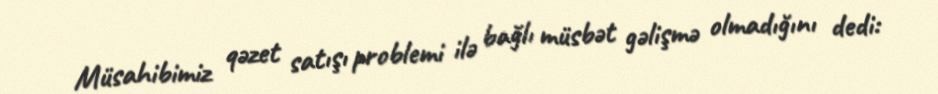
Müsahibimiz qəzet satışı problemi ilə bağlı müsbət gəlişmə olmadığını dedi: